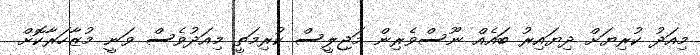
މިއަދު ކުރިޔަށް ދިޔައިރު ބައެއް ނޫސްވެރިން މަޖިލީސް ކުރިމަތީ މިއަދުވެސް ވަނީ މުޒާހަރާކޮށް